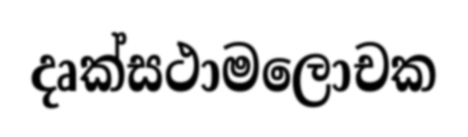
දෘක්සථාමලොචක